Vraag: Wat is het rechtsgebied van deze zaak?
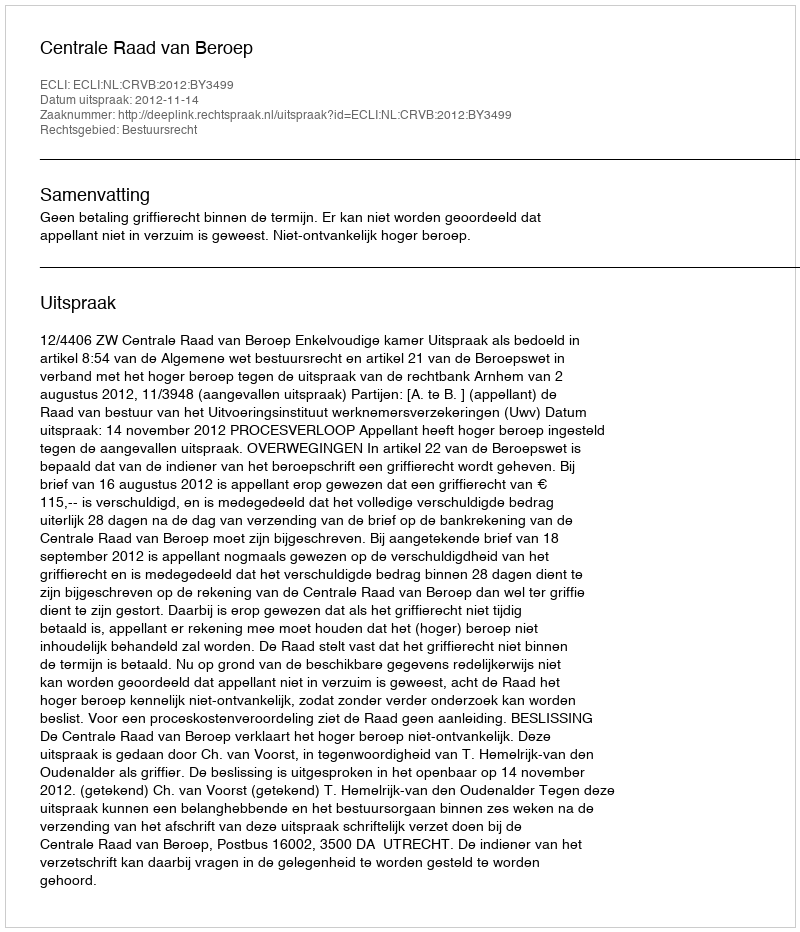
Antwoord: Bestuursrecht